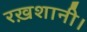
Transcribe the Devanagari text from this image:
रख़शानी।